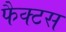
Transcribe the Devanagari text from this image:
फैक्टस